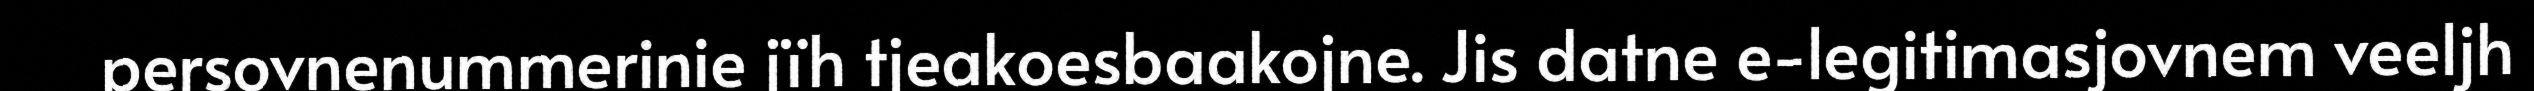
persovnenummerinie jïh tjeakoesbaakojne. Jis datne e-legitimasjovnem veeljh